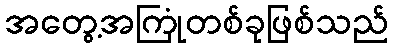
အတွေ့အကြုံတစ်ခုဖြစ်သည်